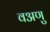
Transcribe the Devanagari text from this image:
वअणु